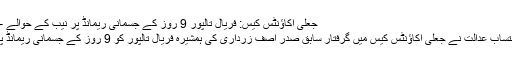
جعلی اکاؤنٹس کیس: فریال تالپور 9 روز کے جسمانی ریمانڈ پر نیب کے حوالے – Roznama Jazba
اسلام آباد(جے ایم ڈی) احتساب عدالت نے جعلی اکاؤنٹس کیس میں گرفتار سابق صدر آصف زرداری کی ہمشیرہ فریال تالپور کو 9 روز کے جسمانی ریمانڈ پر نیب کے حوالے کردیا۔